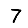
Digit: 7